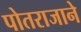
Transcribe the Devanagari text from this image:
पोतराजाने